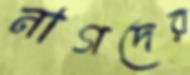
নাগদের